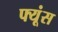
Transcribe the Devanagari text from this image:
फ्यूंस